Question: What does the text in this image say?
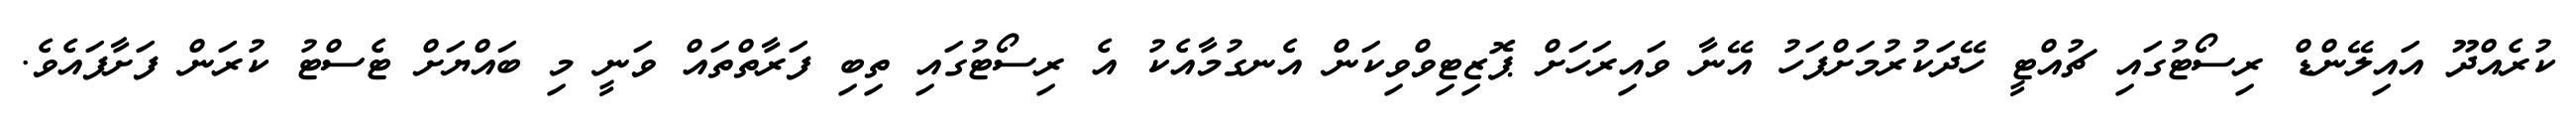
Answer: ކުރެއްދޫ އައިލޭންޑް ރިސޯޓުގައި ޗުއްޓީ ހޭދަކުރުމަށްފަހު އޭނާ ވައިރަހަށް ޕޮޒިޓިވްވިކަން އެނގުމާއެކު އެ ރިސޯޓުގައި ތިބި ފަރާތްތައް ވަނީ މި ބައްޔަށް ޓެސްޓު ކުރަން ފަށާފައެވެ.